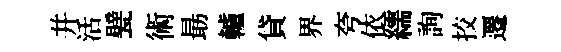
幷活甓術朂轤貸界夸依繻詢挍遷